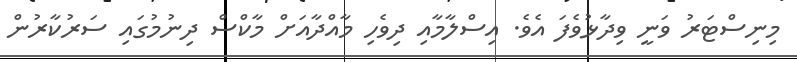
މިނިސްޓަރު ވަނީ ވިދާޅުވެފަ އެވެ. އިސްލާމާއި ދިވެހި މާއްދާއަށް މާކްސް ދިނުމުގައި ސަރުކާރުން